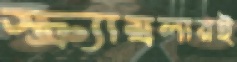
স্ক্র্যাম্বলারই